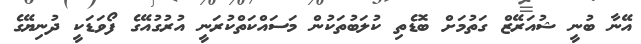
އޭނާ ބުނީ ޝުއަރޭޒް ގަތުމަށް ބޮޑެތި ކުލަބުތަކުން މަސައްކަތްކުރަނީ އުރުގުއޭގެ ފޯވަޑަކީ ދުނިޔޭގެ